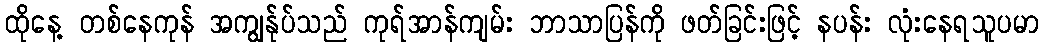
ထိုနေ့ တစ်နေကုန် အကျွန်ုပ်သည် ကုရ်အာန်ကျမ်း ဘာသာပြန်ကို ဖတ်ခြင်းဖြင့် နပန်း လုံးနေရသူပမာ